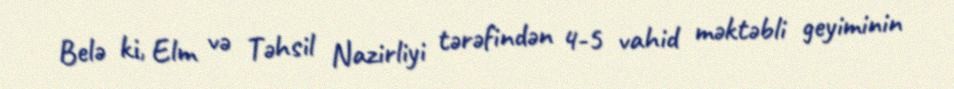
Belə ki, Elm və Təhsil Nazirliyi tərəfindən 4-5 vahid məktəbli geyiminin